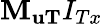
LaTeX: {{\mathbf{M}}_{{\mathbf{uT}}}}{I_{Tx}}